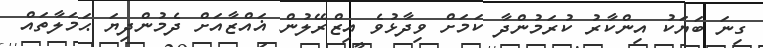
ގިނަ ބަޔަކު އިންކާރު ކުރަމުންދާ ކަމަށް ވިދާޅުވެ އިޒްރޭލުން ޣައްޒާއަށް ދެމުންދިޔަ ޙަމަލާތައް